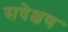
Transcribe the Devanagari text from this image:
सवेक्षण